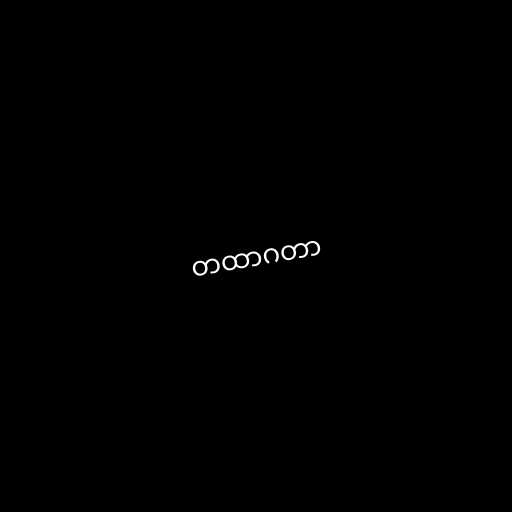
တထာဂတာ